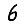
Digit: 6